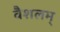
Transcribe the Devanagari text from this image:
वैशलम्